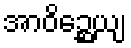
အာဝိဉ္ဆေယျ